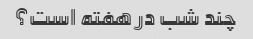
چند شب در هفته است؟